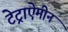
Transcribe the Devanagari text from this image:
टेट्राऐमीन